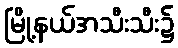
မြို့နယ်အသီးသီး၌